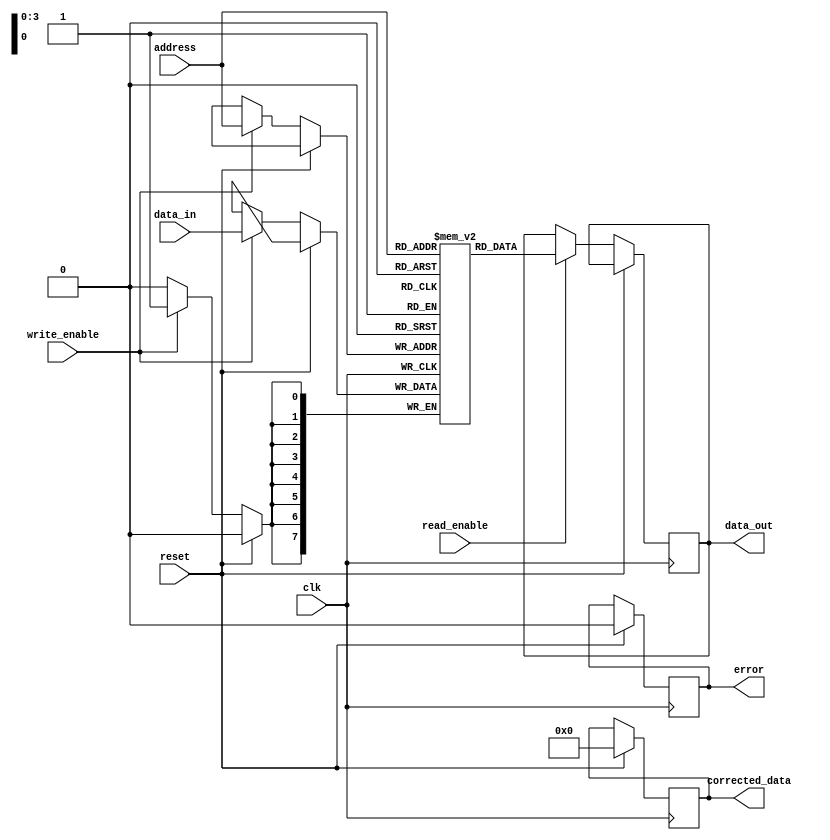
module memory_block(
    input wire clk,
    input wire reset,
    input wire write_enable,
    input wire read_enable,
    input wire [7:0] data_in,
    output reg [7:0] data_out,
    input wire [3:0] address,
    output reg error,
    output reg [7:0] corrected_data
);

reg [7:0] memory[15:0]; // 16 memory cells using phase change memory technology

always @(posedge clk) begin
    if (reset) begin
        error <= 0;
        corrected_data <= 8'b0;
    end else begin
        if (write_enable) begin
            memory[address] <= data_in;
        end
        if (read_enable) begin
            data_out <= memory[address];
        end
    end
end

// Addressing and control circuitry logic goes here

// Error correction and detection mechanisms logic goes here

endmodule